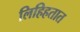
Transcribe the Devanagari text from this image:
लिहिहतात